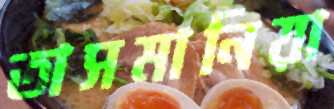
তাসমানিয়া